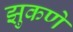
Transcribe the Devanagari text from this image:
झुकणे